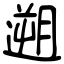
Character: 遡